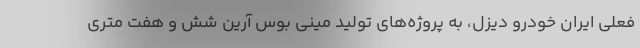
فعلی ایران خودرو دیزل، به پروژه‌های تولید مینی بوس آرین شش و هفت متری